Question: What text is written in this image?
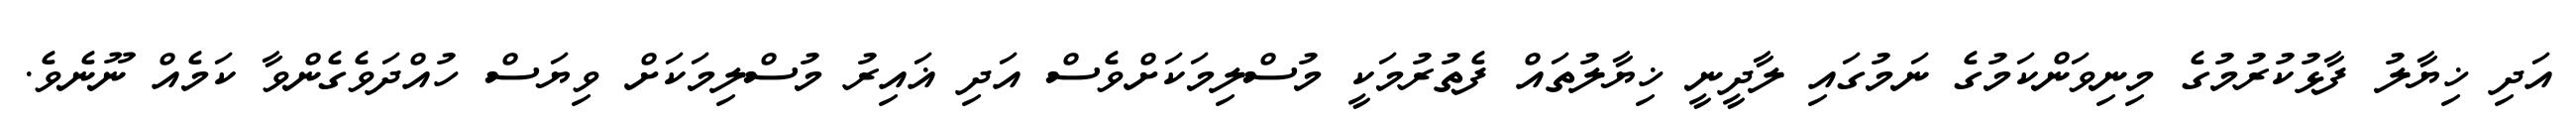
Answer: އަދި ޚިޔާލު ފާޅުކުރުމުގެ މިނިވަންކަމުގެ ނަމުގައި ލާދީނީ ޚިޔާލުތައް ފެތުރުމަކީ މުސްލިމަކަށްވެސް އަދި ޣައިރު މުސްލިމަކަށް ވިޔަސް ހުއްދަވެގެންވާ ކަމެއް ނޫނެވެ.